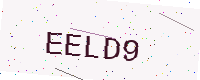
Text: EELD9